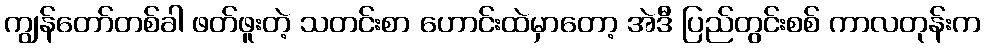
ကျွန်တော်တစ်ခါ ဖတ်ဖူးတဲ့ သတင်းစာ ဟောင်းထဲမှာတော့ အဲဒီ ပြည်တွင်းစစ် ကာလတုန်းက